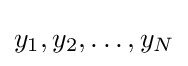
y_{1},y_{2},\dots ,y_{N}